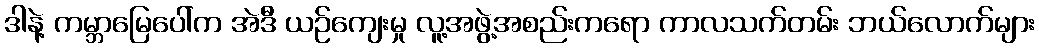
ဒါနဲ့ ကမ္ဘာမြေပေါ်က အဲဒီ ယဉ်ကျေးမှု လူ့အဖွဲ့အစည်းကရော ကာလသက်တမ်း ဘယ်လောက်များ